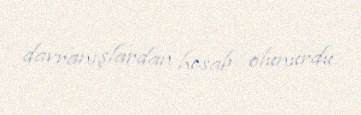
davranışlardan hesab olunurdu.